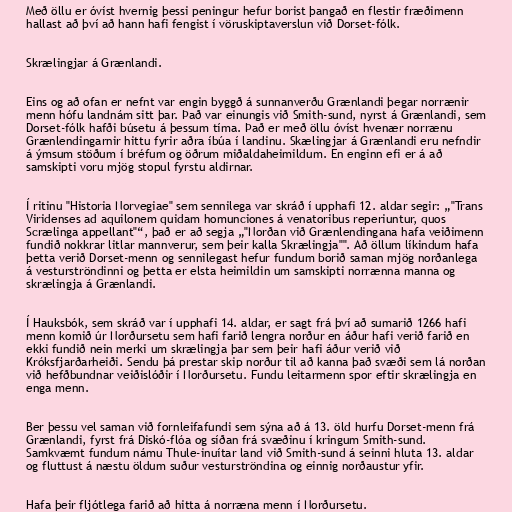
Með öllu er óvíst hvernig þessi peningur hefur borist þangað en flestir fræðimenn
hallast að því að hann hafi fengist í vöruskiptaverslun við Dorset-fólk.

Skrælingjar á Grænlandi.

Eins og að ofan er nefnt var engin byggð á sunnanverðu Grænlandi þegar norrænir
menn hófu landnám sitt þar. Það var einungis við Smith-sund, nyrst á Grænlandi, sem
Dorset-fólk hafði búsetu á þessum tíma. Það er með öllu óvíst hvenær norrænu
Grænlendingarnir hittu fyrir aðra íbúa í landinu. Skælingjar á Grænlandi eru nefndir
á ýmsum stöðum í bréfum og öðrum miðaldaheimildum. En enginn efi er á að
samskipti voru mjög stopul fyrstu aldirnar.

Í ritinu "Historia Norvegiae" sem sennilega var skráð í upphafi 12. aldar segir: „"Trans
Viridenses ad aquilonem quidam homunciones á venatoribus reperiuntur, quos
Scrælinga appellant"“, það er að segja „"Norðan við Grænlendingana hafa veiðimenn
fundið nokkrar litlar mannverur, sem þeir kalla Skrælingja"". Að öllum líkindum hafa
þetta verið Dorset-menn og sennilegast hefur fundum borið saman mjög norðanlega
á vesturströndinni og þetta er elsta heimildin um samskipti norrænna manna og
skrælingja á Grænlandi.

Í Hauksbók, sem skráð var í upphafi 14. aldar, er sagt frá því að sumarið 1266 hafi
menn komið úr Norðursetu sem hafi farið lengra norður en áður hafi verið farið en
ekki fundið nein merki um skrælingja þar sem þeir hafi áður verið við
Króksfjarðarheiði. Sendu þá prestar skip norður til að kanna það svæði sem lá norðan
við hefðbundnar veiðislóðir í Norðursetu. Fundu leitarmenn spor eftir skrælingja en
enga menn.

Ber þessu vel saman við fornleifafundi sem sýna að á 13. öld hurfu Dorset-menn frá
Grænlandi, fyrst frá Diskó-flóa og síðan frá svæðinu í kringum Smith-sund.
Samkvæmt fundum námu Thule-inuítar land við Smith-sund á seinni hluta 13. aldar
og fluttust á næstu öldum suður vesturströndina og einnig norðaustur yfir.

Hafa þeir fljótlega farið að hitta á norræna menn í Norðursetu.